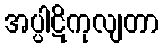
အပ္ပါဋိကုလျတာ